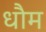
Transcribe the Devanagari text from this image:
धौम